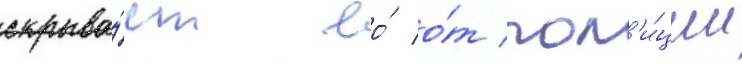
скрыва́ет ео́ о́т пол'и́ции